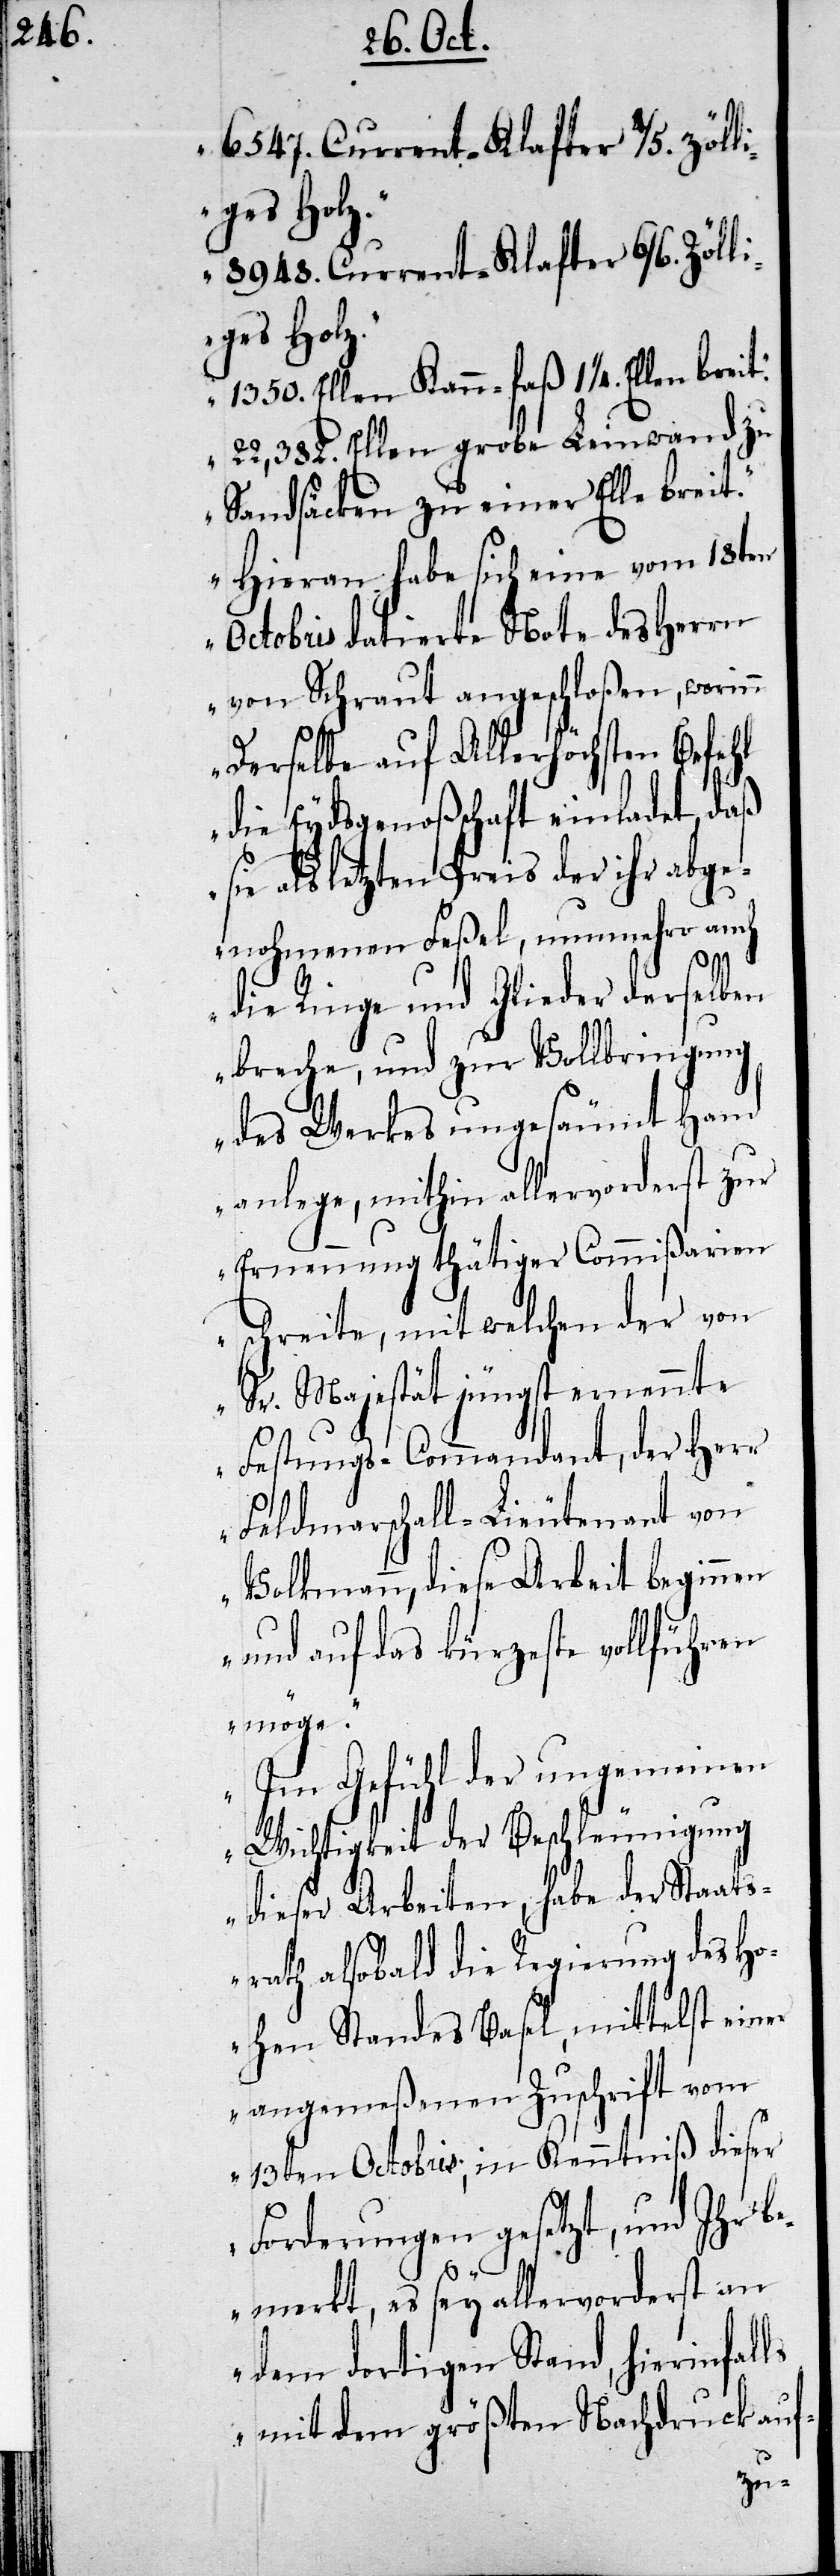
6547. Current-Klafter 4/5. zölli¬
ges Holz.
8948. Current-Klafter 6/6. zöll¬
iges Holz.
1350. Ellen Kann-faß 1. ¼ Ellen breit.
22,382. Ellen grobe Leinwand zu
Sandsäcken zu einer Elle breit.
Hieran habe sich eine vom 18ten
Octobris datierte Note des Herrn
von Schraut angeschloßen, worinn
Derselbe auf Allerhöchsten Befehl
ls
die Eydsgenoßenschaft einladet, daß
sie als letzten Preis der ihr abge¬
nohmenen Feßel, nunmehro auch
die Ringe und Glieder derselben
breche, und zur Vollbringung
der Werkes ungesäumt Hand
anlege, mithin allervorderst zur
Ernennung thätiger Commmißarien
schreite, mit welchen der von
Sr. Majestät jüngst ernannte
Festungs-Commandant, der Herr
Feldmarschall-Lieutnant von
Volkmann, diese Arbeit beginnen
und auf das kürzeste vollführen
möge.
Im Gefühl der ungemeinen
Wichtigkeit der Beschleunigung
dieser Arbeiten, habe der Staats¬
rath alsobald die Regierung des Ho¬
hen Standes Basel, mittelst einer
angemeßenen Zuschrift vom
13ten Octobris, in Kenntniß dieser
Forderungen gesetzt, und Ihr b¬
emerkt, es sey allervorderst an
dem dortigen Stand, hierinfal¬
mit dem größten Nachdruck auf-